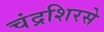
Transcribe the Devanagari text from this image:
चंद्रशिरसे